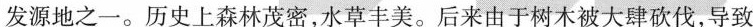
发源地之一。历史上森林茂密，水草丰美。后来由于树木被大肆砍伐，导致